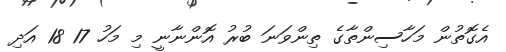
އެގޮތުން މަހާސިންތާގެ ތިންވަނަ ބުރު އޮންނާނީ މި މަހު 17 18 އަދި